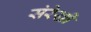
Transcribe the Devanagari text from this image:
संरेखी